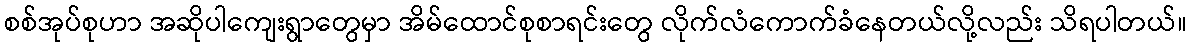
စစ်အုပ်စုဟာ အဆိုပါကျေးရွာတွေမှာ အိမ်ထောင်စုစာရင်းတွေ လိုက်လံကောက်ခံနေတယ်လို့လည်း သိရပါတယ်။